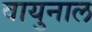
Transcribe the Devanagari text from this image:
वायुनाल